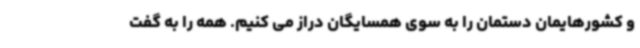
و کشورهایمان دستمان را به سوی همسایگان دراز می کنیم. همه را به گفت